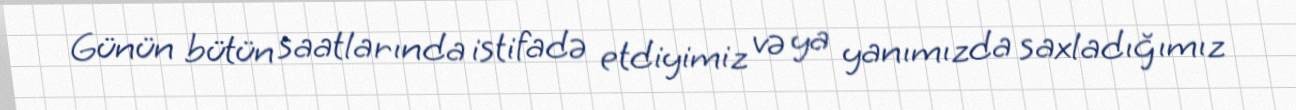
Günün bütün saatlarında istifadə etdiyimiz və ya yanımızda saxladığımız